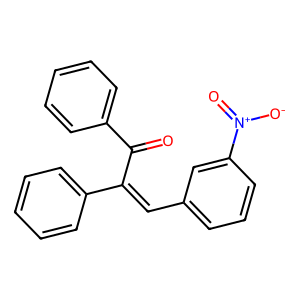
SMILES: O=C(C(=Cc1cccc([N+](=O)[O-])c1)c1ccccc1)c1ccccc1
Inhibits HIV replication: No